Document type: Acquittal of debt
Year: 1424
Scribe: Francesc de Casanoves
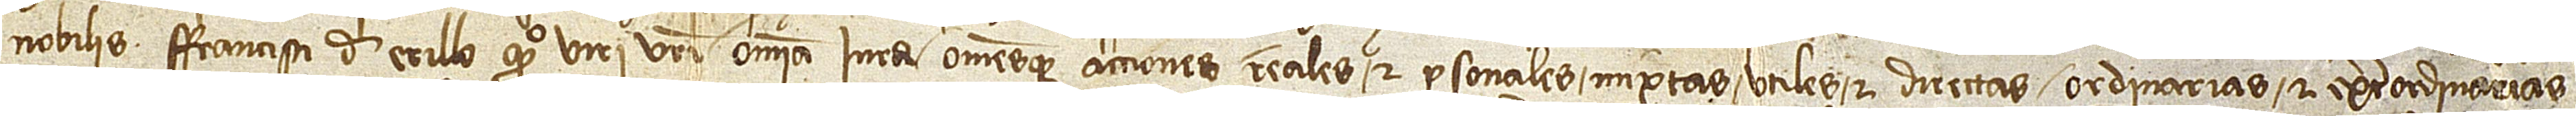
nobilis Francisci de Erillo, quondam, viri vestri, omnia iura omnesque acciones reales et personales, mixtas, utiles et directas, ordinarias et extraordinarias,